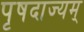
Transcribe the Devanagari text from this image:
पृषदाज्यम्